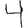
Digit: 4